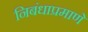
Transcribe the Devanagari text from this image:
निबंधाप्रमाणे